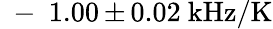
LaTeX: \mathrm{~-~}1.00\, {\pm}\, 0.02~\mathrm{kHz/K}